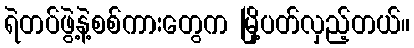
ရဲတပ်ဖွဲ့နဲ့စစ်ကားတွေက မြို့ပတ်လှည့်တယ်။